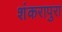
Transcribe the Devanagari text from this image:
शंकरापुरा